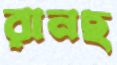
রানছ